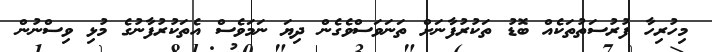
މިހުރިހާ ފުރުސަތުތަކެއް ބޮޑު ތަކުރުފާނަށް ތަނަވަސްވެގެން ދިޔަ ނަމަވެސް އެތަކުރުފާނުގެ މުޅި ވިސްނުން